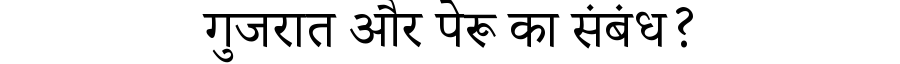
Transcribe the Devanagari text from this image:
गुजरात और पेरू का संबंध?